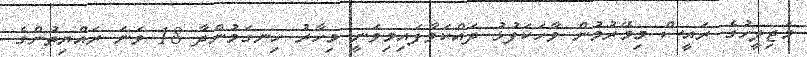
މަޖިލީހުގެ ރައީސް މިމޭރުމުން ވާހަކަފުޅު ދައްކަވާފައިމިވަނީ މިހާރު ހިނގަމުންދާ 18 ވަނަ ރައްޔިތުންގެ